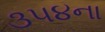
૩૫૪ના